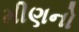
મીણનો